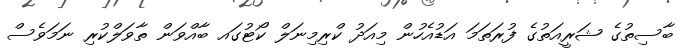
ބާސިތުގެ ޝަރީއަތުގެ ފުރަތަމަ އަޑުއެހުން މިއަދު ކްރިމިނަލް ކޯޓުގައ ބާއްވަން ތާވަލްކުރި ނަމަވެސް